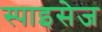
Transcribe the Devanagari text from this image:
स्पाइसेज